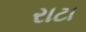
રાટા